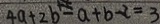
4 a + 2 b - a + b - 2 = 3